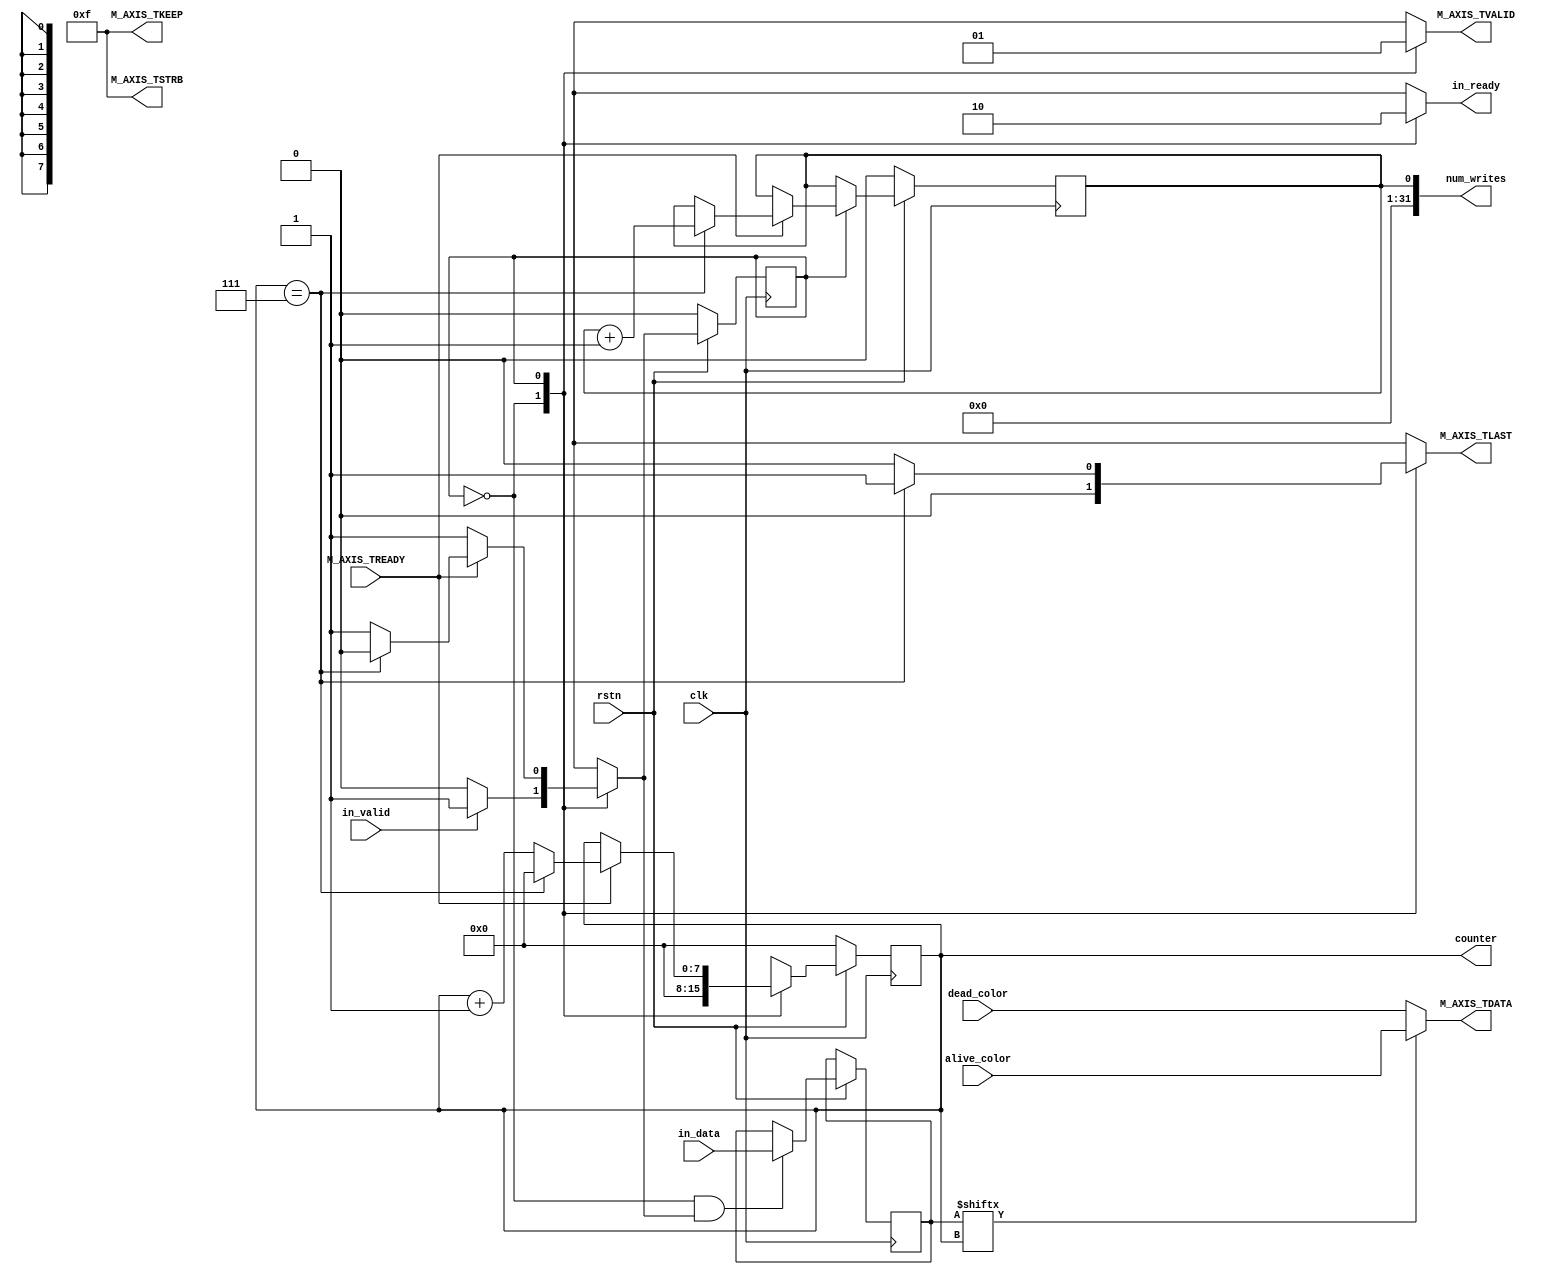
module buffer2axis #(
    parameter DWIDTH = 32,
    parameter WIDTH = 8
)( 
    // Control signals
    clk,
    rstn,

    // Color conversion signals
    alive_color,
    dead_color,
    
    // AXIS Connection
    M_AXIS_TDATA,
    M_AXIS_TVALID,
    M_AXIS_TREADY,
    M_AXIS_TLAST,
    M_AXIS_TKEEP,
    M_AXIS_TSTRB,
    
    // Output to conware computation
    in_data,
    in_valid,
    in_ready,

    num_writes,
    counter
);

    // Port descriptions
    input clk;
    input rstn;

    input [DWIDTH-1:0] alive_color;
    input [DWIDTH-1:0] dead_color;

    output reg [DWIDTH-1:0] M_AXIS_TDATA;
    output reg M_AXIS_TVALID;
    output reg M_AXIS_TLAST;
    input M_AXIS_TREADY;
    output [3:0] M_AXIS_TKEEP;
    output [3:0] M_AXIS_TSTRB;

    input [WIDTH-1:0] in_data;
    input in_valid;
    output reg in_ready;

    output reg [31:0] num_writes;
    reg next_num_writes;

    // State params
    reg state;
    reg next_state;
    localparam Wait = 0;
    localparam Write = 1;

    // Internal values
    reg [WIDTH - 1:0] buffer;
    reg [WIDTH - 1:0] next_buffer;
    output reg [7:0] counter;
    reg [7:0] next_counter;

    initial begin
        state <= Wait;
        buffer <= 0;
        counter <= 0;
        num_writes <= 0;
    end
    
    assign M_AXIS_TKEEP = 4'b1111;
    assign M_AXIS_TSTRB = 4'b1111;

    // Combinational Logic
    always @* begin
        next_counter <= 0;
        next_num_writes <= num_writes;

        if (buffer[counter]) begin
            M_AXIS_TDATA <= alive_color;
        end else begin
            M_AXIS_TDATA <= dead_color;
        end
          
        if (state == Wait && next_state == Write) begin
            next_buffer <= in_data;
        end else begin
            next_buffer <= buffer;
        end

        case (state)

        Wait: begin
            M_AXIS_TLAST <= 0;
            next_counter <= 0;
            M_AXIS_TVALID <= 0;
            in_ready <= 1;

            if (in_valid == 1) begin
                next_state <= Write;
            end else begin
                next_state <= Wait;
            end
        end

        Write: begin
            M_AXIS_TVALID <= 1;
            in_ready <= 0;

            if (counter == WIDTH-1) begin
                M_AXIS_TLAST <= 1;
            end else begin
                M_AXIS_TLAST <= 0;
            end

            if (M_AXIS_TREADY == 1) begin
                if (counter == WIDTH-1) begin
                    next_counter <= 0;
                    next_state <= Wait;
                    next_num_writes <= num_writes + 1;
                end else begin
                    next_counter <= counter + 1;
                    next_state <= Write;
                end

            end else begin
                next_counter <= counter;
                next_state <= Write;
            end
        end

        endcase
    end

    // Clocked Logic
    always @(posedge clk) begin
        if (!rstn) begin
            counter <= 8'h00;
            state <= Wait;
            num_writes <= 0;
        end else begin
            buffer <= next_buffer;
            state <= next_state;
            counter <= next_counter;
            num_writes <= next_num_writes;
        end
    end
endmodule